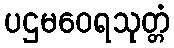
ပဌမဝေရသုတ္တံ